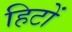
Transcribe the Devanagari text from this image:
हिटों